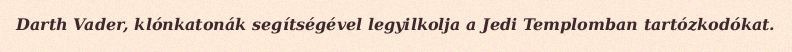
Darth Vader, klónkatonák segítségével legyilkolja a Jedi Templomban tartózkodókat.